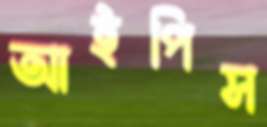
আইপিস